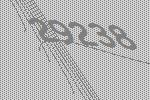
29238